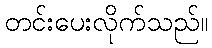
တင်းပေးလိုက်သည်။